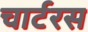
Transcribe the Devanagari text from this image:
चार्टरस